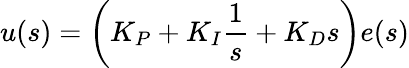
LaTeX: u(s)=\left(K_{P}+K_{I}{\frac{1}{s}}+K_{D}s\right)e(s)